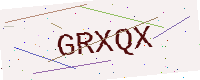
Text: GRXQX